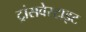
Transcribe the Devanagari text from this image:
ट्रांसवेस्टाइट